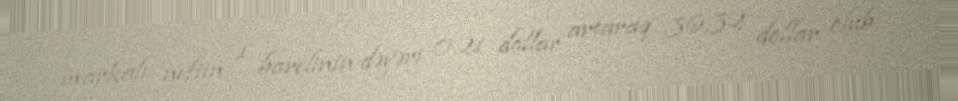
markalı neftin 1 barelinin dəyəri 0,21 dollar artaraq 36,32 dollar olub.